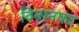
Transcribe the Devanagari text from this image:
विनानफा